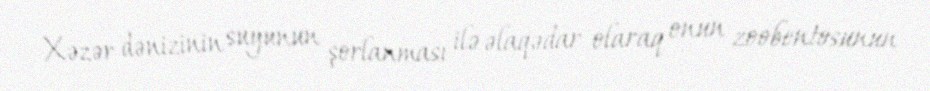
Xəzər dənizinin suyunun şorlanması ilə əlaqədar olaraq onun zoobentosunun